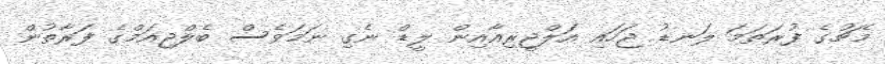
މެޗުގެ ފުރަތަމަ ލަނޑު ޖަހައި އަލްޖީރިއާއިން ލީޑް ނެގި ނަމަވެސް ބެލްޖިއަމްގެ ފަރާތުން